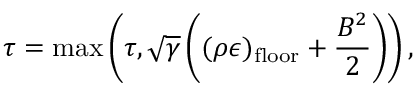
\tau = \operatorname* { m a x } \left( \tau , \sqrt { \gamma } \left( ( \rho \epsilon ) _ { \mathrm { f l o o r } } + \frac { B ^ { 2 } } { 2 } \right) \right) ,